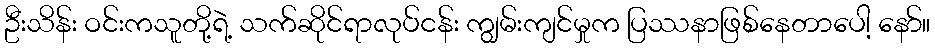
ဦးသိန်း ဝင်းကသူတို့ရဲ့ သက်ဆိုင်ရာလုပ်ငန်း ကျွမ်းကျင်မှုက ပြဿနာဖြစ်နေတာပေါ့ နော်။